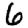
Digit: 6